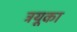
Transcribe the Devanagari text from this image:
ट्रयूका